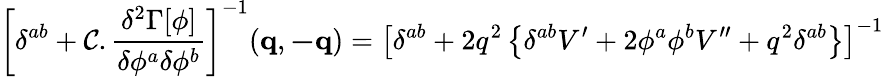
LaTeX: \left[\delta^{ab}+\mathcal{C}.\frac{{\delta^{2}\Gamma[\phi]}}{{\delta\phi^{a}\delta\phi^{b}}}\right]^{-1}(\mathbf{{q}},\mathbf{{-q}})=\left[\delta^{ab}+2q^{2}\left\{ \delta^{ab}V^{\prime}+2\phi^{a}\phi^{b}V^{\prime\prime}+q^{2}\delta^{ab}\right\} \right]^{-1}